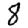
Digit: 8